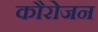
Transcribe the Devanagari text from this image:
कौरोजन